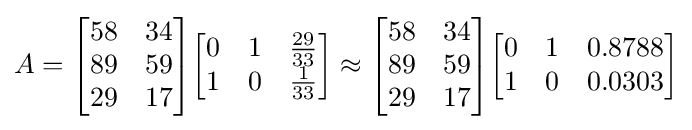
A={\begin{bmatrix}58&34\\89&59\\29&17\end{bmatrix}}{\begin{bmatrix}0&1&{\frac {29}{33}}\\1&0&{\frac {1}{33}}\end{bmatrix}}\approx {\begin{bmatrix}58&34\\89&59\\29&17\end{bmatrix}}{\begin{bmatrix}0&1&0.8788\\1&0&0.0303\end{bmatrix}}